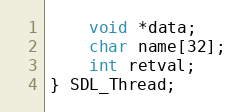
Language: C
    void *data;
    char name[32];
    int retval;
} SDL_Thread;